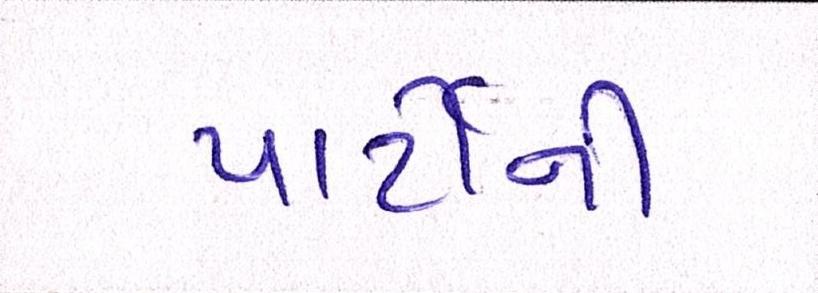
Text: પાર્ટીની